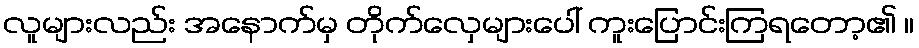
လူများလည်း အနောက်မှ တိုက်လှေများပေါ် ကူးပြောင်းကြရတော့၏ ။